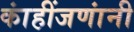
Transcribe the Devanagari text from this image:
कांहींजणांनी